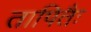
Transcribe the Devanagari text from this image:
तापितैः